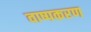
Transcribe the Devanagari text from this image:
वाष्पकरण